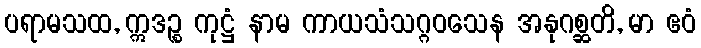
ပရာမသထ, ဣဒဉ္စ ကုဋ္ဌံ နာမ ကာယသံသဂ္ဂဝသေန အနုဂစ္ဆတိ, မာ ဧဝံ